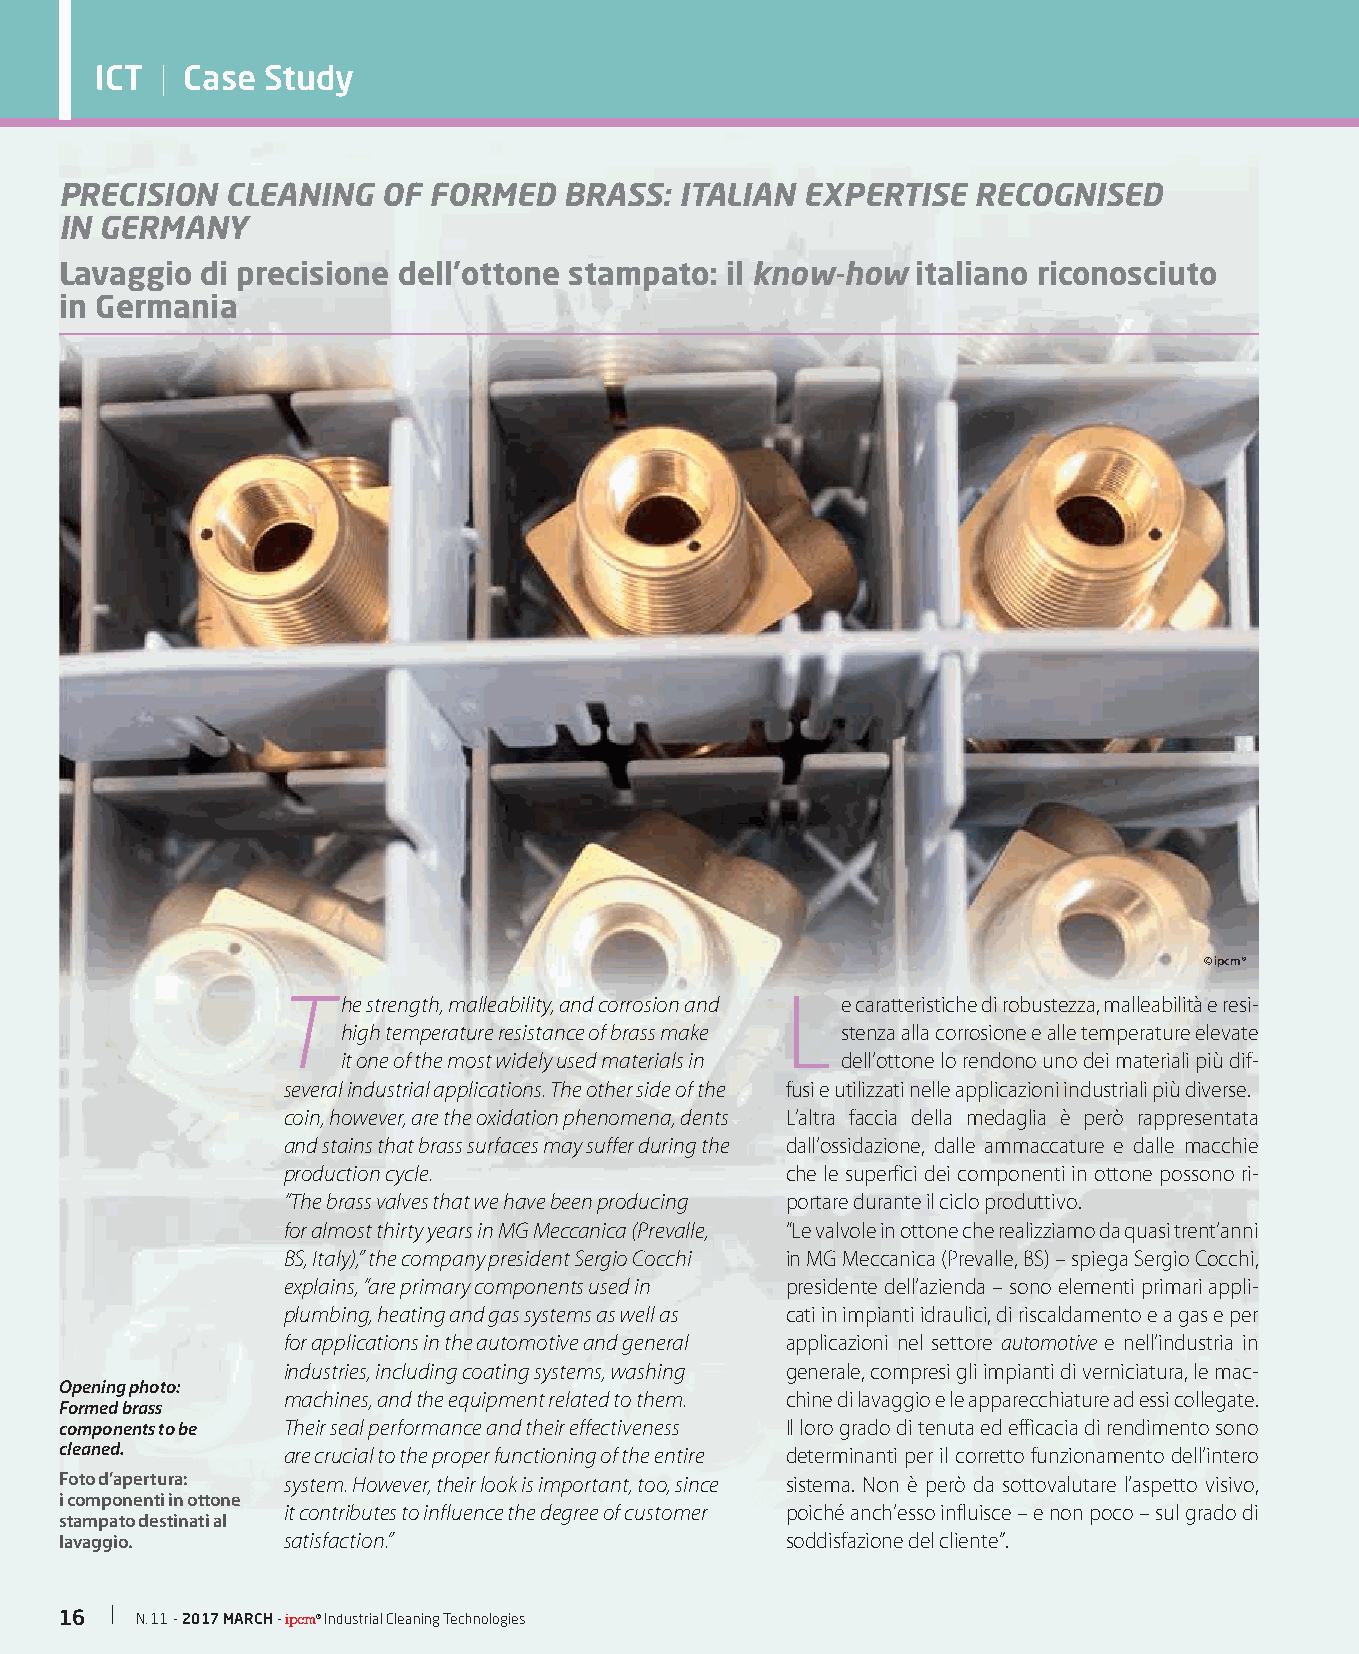
ICT  | Case Study
 PRECISION  CLEANING  OF FORMED   BRASS:  ITALIAN EXPERTISE  RECOGNISED
 IN GERMANY
 Lavaggio di precisione dell’ottone stampato: il know-how italiano riconosciuto
 in Germania
 © ipcm®
 T                                L
 he strength, malleability, and corrosion and e caratteristiche di robustezza, malleabilità e resi-
 high temperature resistance of brass make stenza alla corrosione e alle temperature elevate
 it one of the most widely used materials in dell’ottone lo rendono uno dei materiali più dif-
 several industrial applications. The other side of the fusi e utilizzati nelle applicazioni industriali più diverse.
 coin, however, are the oxidation phenomena, dents L’altra faccia della medaglia è però rappresentata
 and stains that brass surfaces may suffer during the dall’ossidazione, dalle ammaccature e dalle macchie
 production cycle.                che le superfici dei componenti in ottone possono ri-
 “The brass valves that we have been producing portare durante il ciclo produttivo.
 for almost thirty years in MG Meccanica (Prevalle, “Le valvole in ottone che realizziamo da quasi trent’anni
 BS, Italy),” the company president Sergio Cocchi in MG Meccanica (Prevalle, BS) – spiega Sergio Cocchi,
 explains, “are primary components used in presidente dell’azienda – sono elementi primari appli-
 plumbing, heating and gas systems as well as cati in impianti idraulici, di riscaldamento e a gas e per
 for applications in the automotive and general applicazioni nel settore automotive e nell’industria in
 industries, including coating systems, washing generale, compresi gli impianti di verniciatura, le mac-
 Opening photo:
 machines, and the equipment related to them. chine di lavaggio e le apparecchiature ad essi collegate.
 Formed brass
 components to be Their seal performance and their effectiveness Il loro grado di tenuta ed efficacia di rendimento sono
 cleaned.       are crucial to the proper functioning of the entire determinanti per il corretto funzionamento dell’intero
 Foto d’apertura: system. However, their look is important, too, since sistema. Non è però da sottovalutare l’aspetto visivo,
 i componenti in ottone
 it contributes to influence the degree of customer poiché anch’esso influisce – e non poco – sul grado di
 stampato destinati al
 lavaggio.      satisfaction.”                   soddisfazione del cliente”.
 16   N. 11 - 2017 MARCH - ipcm® Industrial Cleaning Technologies